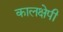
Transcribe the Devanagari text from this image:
कालक्षेपी